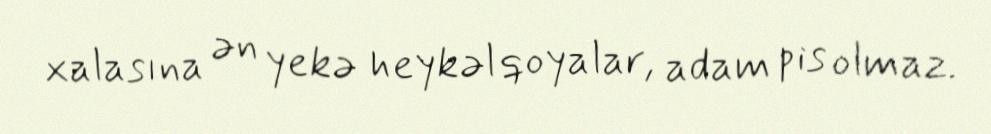
xalasına ən yekə heykəl qoyalar, adam pis olmaz.